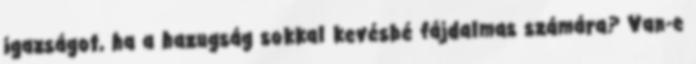
igazságot, ha a hazugság sokkal kevésbé fájdalmas számára? Van-e